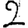
Digit: 2